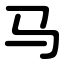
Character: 马